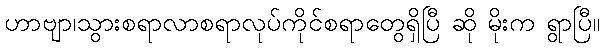
ဟာဗျာ၊သွားစရာလာစရာလုပ်ကိုင်စရာတွေရှိပြီ ဆို မိုးက ရွာပြီ။